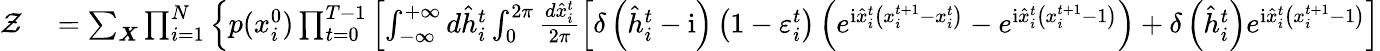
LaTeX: \begin{array}{rl}{\mathcal{Z}}&{{}=\sum_{\boldsymbol{X}}\prod_{i=1}^{N}\left\{ p(x_{i}^{0})\prod_{t=0}^{T-1}\left[\int_{-\infty}^{+\infty}d\hat{h}_{i}^{t}\int_{0}^{2\pi}\frac{d\hat{x}_{i}^{t}}{2\pi}\left[\delta\left(\hat{h}_{i}^{t}-\mathrm{i}\right)\left(1-\varepsilon_{i}^{t}\right)\left(e^{\mathrm{i}\hat{x}_{i}^{t}\left(x_{i}^{t+1}-x_{i}^{t}\right)}-e^{\mathrm{i}\hat{x}_{i}^{t}\left(x_{i}^{t+1}-1\right)}\right)+\delta\left(\hat{h}_{i}^{t}\right)e^{\mathrm{i}\hat{x}_{i}^{t}\left(x_{i}^{t+1}-1\right)}\right]\right.\right.}\end{array}